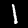
Label: 1